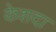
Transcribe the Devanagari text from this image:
केशदा